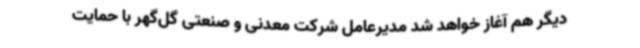
دیگر هم آغاز خواهد شد مدیرعامل شرکت معدنی و صنعتی گل‌گهر با حمایت